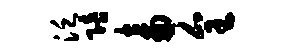
泛陪畜全